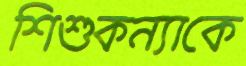
শিশুকন্যাকে